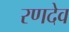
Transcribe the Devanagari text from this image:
रणदेव